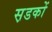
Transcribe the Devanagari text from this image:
स़डकों